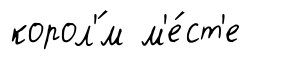
корол'́м м'е́ст'е